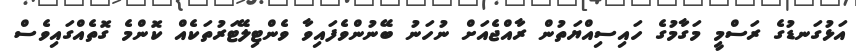
އަޅުގަނޑުގެ ރަސްމީ މަގާމުގެ ހައިސިއްޔަތުން ރާއްޖެއަށް ނުހަނު ބޭނުންވެފައިވާ ވެންޓިލޭޓަރުތަކެއް ކޮންމެ ގޮތެއްގައިވެސް